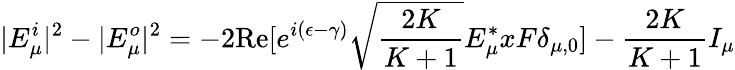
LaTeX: |E_{\mu}^{i}|^{2}-|E_{\mu}^{o}|^{2}=-2\textrm{Re}[e^{i(\epsilon-\gamma)}\sqrt{\frac{2K}{K+1}}E_{\mu}^{*}xF\delta_{\mu,0}]-\frac{2K}{K+1}I_{\mu}